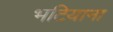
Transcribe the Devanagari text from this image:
भटियाना